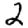
Digit: 2